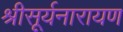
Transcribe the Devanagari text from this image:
श्रीसूर्यनारायण